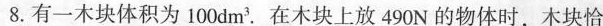
8.有一木块体积为100dm^{3}.在木块上放490N的物体时，木块恰